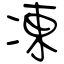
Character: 凍